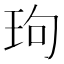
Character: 玽